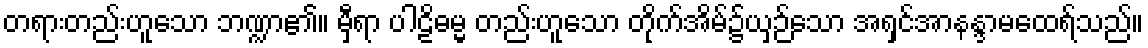
တရားတည်းဟူသော ဘဏ္ဍာ၏။ မှီရာ ပါဠိဓမ္မ တည်းဟူသော တိုက်အိမ်၌ယှဉ်သော အရှင်အာနန္ဒာမထေရ်သည်။